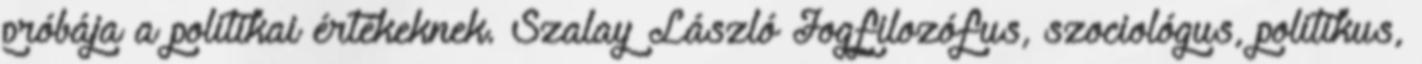
próbája a politikai értékeknek. Szalay László Jogfilozófus, szociológus, politikus,